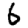
Digit: 6